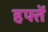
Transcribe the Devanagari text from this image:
हफ्तें